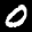
Label: 0